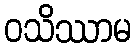
ဝသိဿာမ